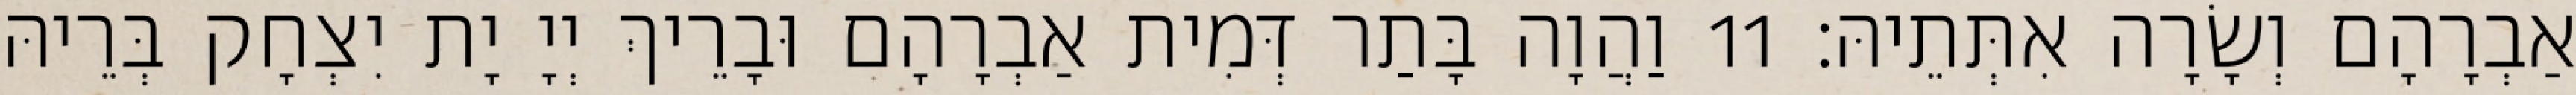
אַבְרָהָם וְשָׂרָה אִתְּתֵיהּ׃ 11 וַהֲוָה בָּתַר דְּמִית אַבְרָהָם וּבָרֵיךְ יְיָ יָת יִצְחָק בְּרֵיהּ